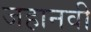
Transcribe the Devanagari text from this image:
जहानवी